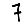
Digit: 7